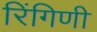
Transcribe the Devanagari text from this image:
रिंगिणी